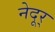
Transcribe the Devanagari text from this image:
नेदूर्